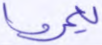
يعمروا